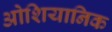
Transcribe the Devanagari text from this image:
ओशियानिक